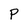
Character: P